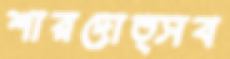
শারদোত্সব